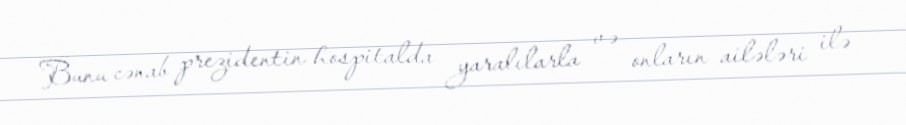
Bunu cənab prezidentin hospitalda yaralılarla və onların ailələri ilə